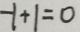
- 1 + 1 = 0